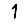
Digit: 1